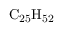
\mathrm { C _ { 2 5 } H _ { 5 2 } }